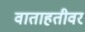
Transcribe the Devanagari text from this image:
वाताहतीवर